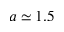
a \simeq 1 . 5